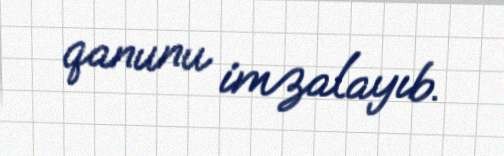
qanunu imzalayıb.